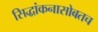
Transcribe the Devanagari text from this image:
सिद्धांकनासोबतच